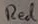
Text: Red